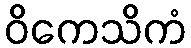
ဝိကေသိကံ